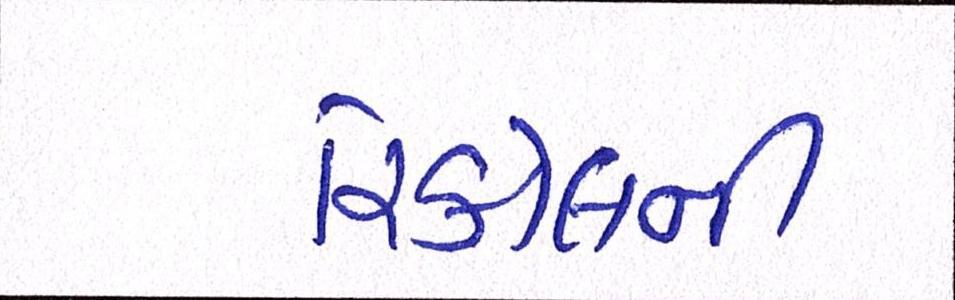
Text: રિકોલની